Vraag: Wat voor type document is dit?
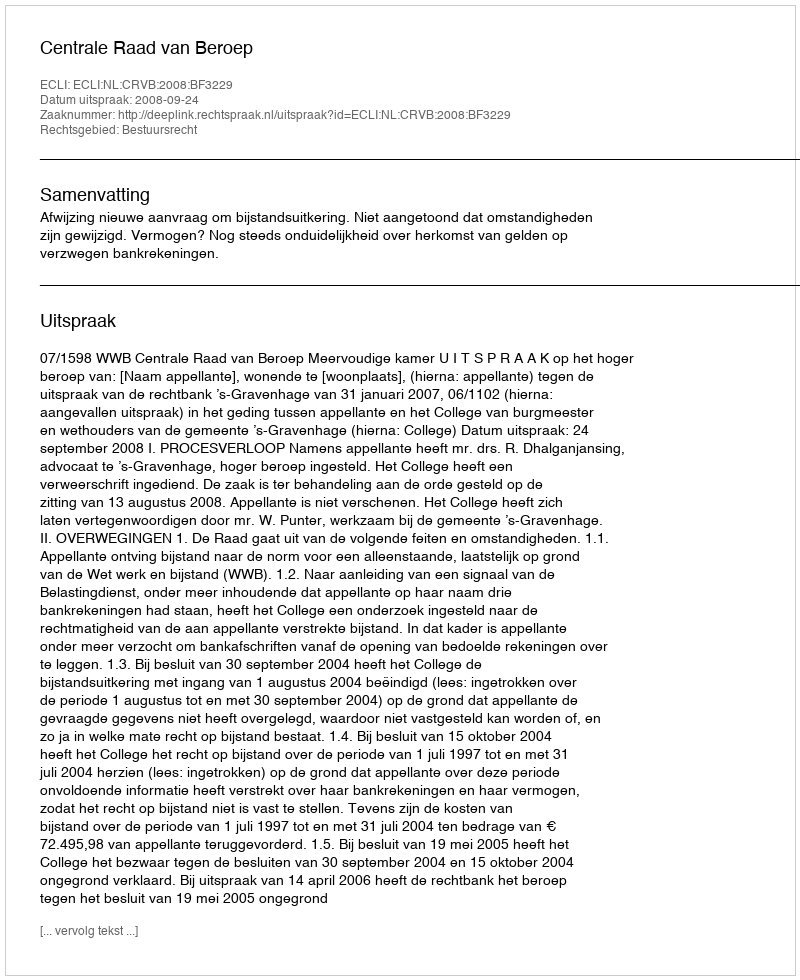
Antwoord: Uitspraak